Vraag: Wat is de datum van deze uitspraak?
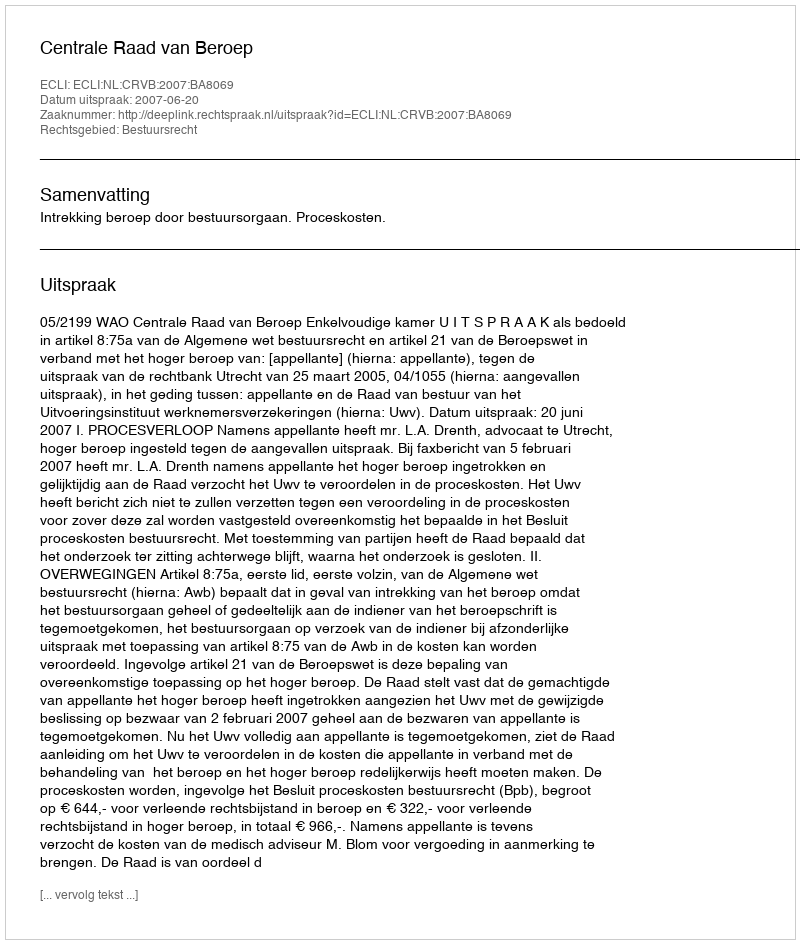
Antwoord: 2007-06-20